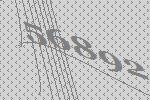
56892